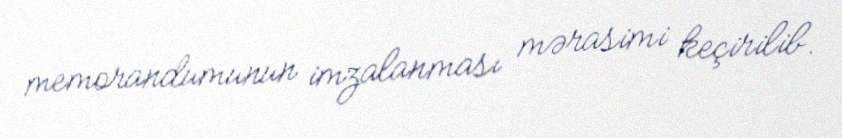
memorandumunun imzalanması mərasimi keçirilib.